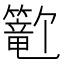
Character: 𬕺